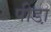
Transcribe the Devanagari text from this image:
पीडा़